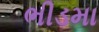
ભીડમા